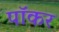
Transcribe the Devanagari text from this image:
पॉकर